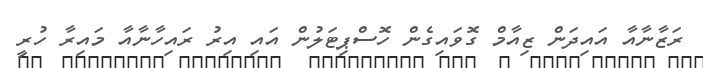
ރަޒާނާއާ އައިދަން ޒިއާމް ގޮވައިގެން ހޮސްޕިޓަލުން އައި އިރު ރައިހާނާއާ މައިރާ ހުރީ